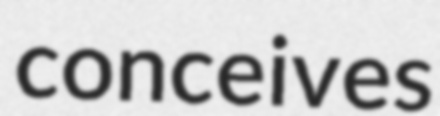
conceives